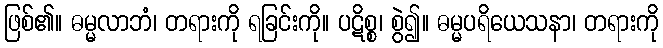
ဖြစ်၏။ ဓမ္မလာဘံ၊ တရားကို ရခြင်းကို။ ပဋိစ္စ၊ စွဲ၍။ ဓမ္မပရိယေသနာ၊ တရားကို